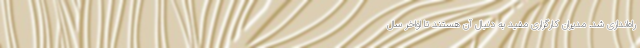
راه‌اندازی شد. مدیران کارگزاری مفید به دنبال آن هستند تا اواخر سال